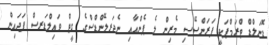
ޑޮނަލްޑް ޓްރަމްޕަކީ ފަރަންސޭސި މެރިން ލެ ޕެންއާއި ނެދަރލޭންޑްސްގެ ގީޓް ވައިލްޑަރސް ފަދައިން